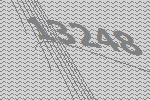
13248